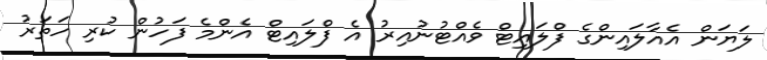
ލަޔަން އެއާލައިންގެ ފްލައިޓް ވެއްޓުނުއިރު އެ ފްލައިޓް އެންމެ ފަހުން ކުރި ހަތަރު